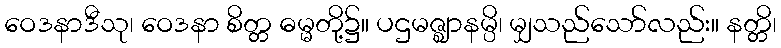
ဝေဒနာဒီသု၊ ဝေဒနာ စိတ္တ ဓမ္မတို့၌။ ပဌမဇ္ဈာနမ္ပိ၊ မျှသည်သော်လည်း။ နတ္တိ၊